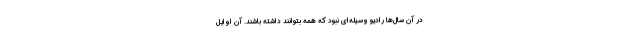
در آن سال‌ها رادیو وسیله‌ای نبود که همه بتوانند داشته باشند. آن اوایل